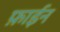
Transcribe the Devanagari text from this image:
फ़ाईन